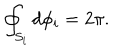
LaTeX: \oint _ { S _ { i } } { d \phi _ { i } } = 2 \pi .